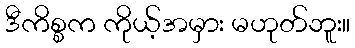
ဒီကိစ္စက ကိုယ့်အမှား မဟုတ်ဘူး။